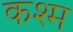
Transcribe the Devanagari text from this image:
कश्म